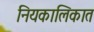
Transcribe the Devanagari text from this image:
नियकालिकात